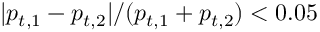
| p _ { t , 1 } - p _ { t , 2 } | / ( p _ { t , 1 } + p _ { t , 2 } ) < 0 . 0 5